Vaccination in Bombay 1863-1868 - 1863-1868
Year: 1863
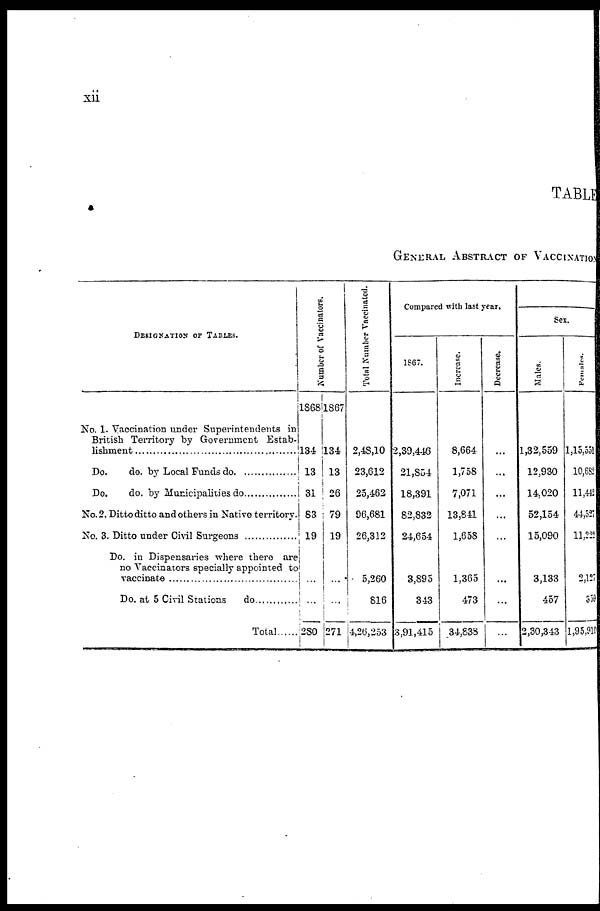
xii
TABLE
GENERAL ABSTRACT OF VACCINATION
DESIGNATION OF TABLES.
No. 1. Vaccination under Superintendents in
British Territory by Government Estab¬
lishment ..........................................
Do. do. by local Funds do. ...............
Do. do. by Municipalities do. ............
No. 2. Ditto ditto and others in Native territory.
No. 3. Ditto under Civil Surgeons ...............
Do. in Dispensaries where there are
no Vaccinators specially appointed to
vaccinate ..............................
Do. at 5 Civil Stations do ...............
Total .........
Number of Vaccinators.
1868
134
13
31
83
19
...
...
280
1867
134
13
26
79
19
...
...
271
Total Number Vaccinated.
2,48,10
23,612
25,462
96,681
26,312
5,260
816
4,26,253
Compared with last year.
1867.
2,39,446
21,854
18,391
82,832
24,654
3,895
343
3,91,415
Increase.
8,664
1,758
7,071
13,841
1,658
1,365
473
34,838
Decrease
...
...
...
...
...
...
...
...
Sex.
Males.
1,32,559
12,930
14,020
52,154
15,090
3,133
457
2,30,343
Females.
1,15,551
10,682
11,442
44,527
11,222
2,127
359
1,95,910